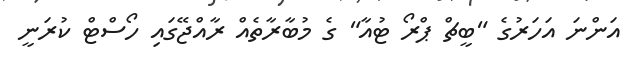
އަންނަ އަހަރުގެ "ބީޗް ޕްރޯ ޓުއާ" ގެ މުބާރާތެއް ރާއްޖޭގައި ހޯސްޓް ކުރަނީ